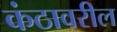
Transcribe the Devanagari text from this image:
कंठावरील